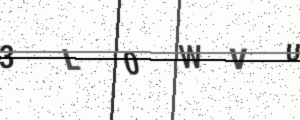
Text: 3L0WVU